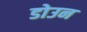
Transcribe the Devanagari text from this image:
डोउन